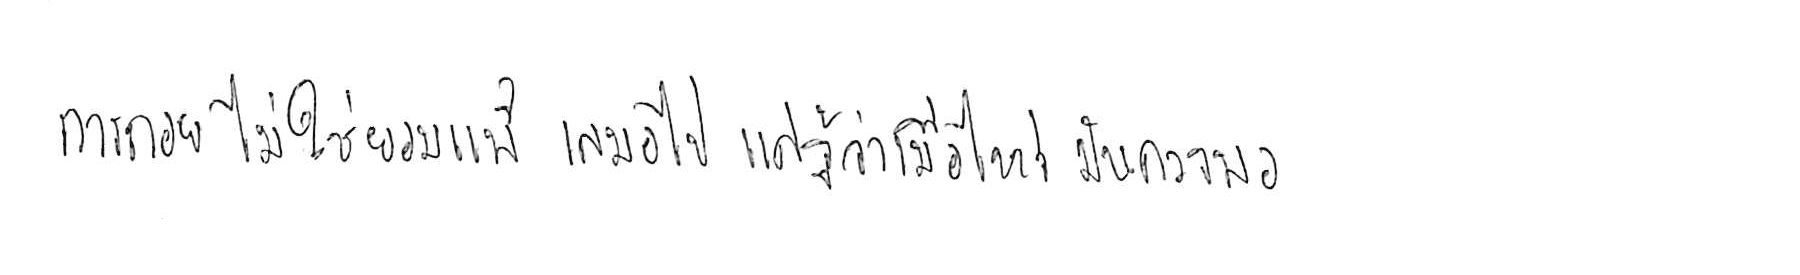
การถอย ไม่ใช่ยอมแพ้ เสมอไป แค่รู้ว่าเมื่อไหร่ มันควรพอ